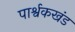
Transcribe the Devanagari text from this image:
पार्श्वकखंड